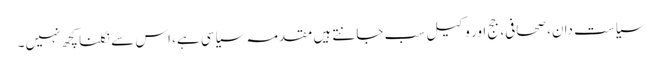
سیاست دان، صحافی، جج اور وکیل سب جانتے ہیں مقدمہ سیاسی ہے، اس سے نکلنا کچھ نہیں۔